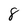
Character: 8